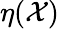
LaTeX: \eta(\mathcal{X})